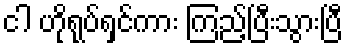
ငါ ဟိုရုပ်ရှင်ကား ကြည့်ပြီးသွားပြီ